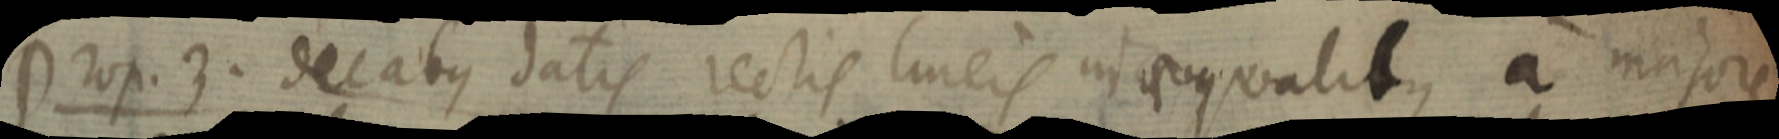
Prop.3. decabus datis rectis lineis inter qualibus, a majore